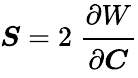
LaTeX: {\boldsymbol{S}}=2~{\cfrac{\partial W}{\partial{\boldsymbol{C}}}}